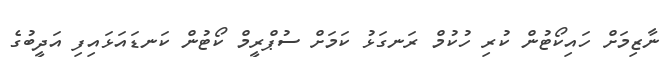
ނާޒިމަށް ހައިކޯޓުން ކުރި ހުކުމް ރަނގަޅު ކަމަށް ސުޕްރީމް ކޯޓުން ކަނޑައަޅައިފި އަދީބުގެ